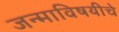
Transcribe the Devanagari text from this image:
जन्माविषयीचे